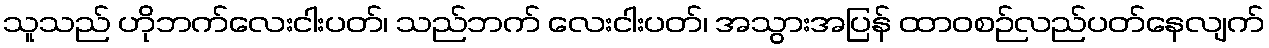
သူသည် ဟိုဘက်လေးငါးပတ်၊ သည်ဘက် လေးငါးပတ်၊ အသွားအပြန် ထာဝစဉ်လည်ပတ်နေလျက်